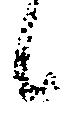
候